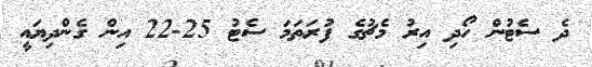
ދެ ސެޓުން ހޯދި އިރު މެޗުގެ ފުރަތަމަ ސެޓު 25-22 އިން ގެންދިޔައީ